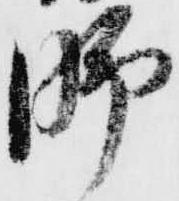
脚